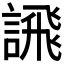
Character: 𫍄